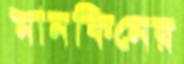
মানকিনের